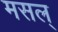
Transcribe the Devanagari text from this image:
मसल्‌